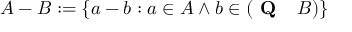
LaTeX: A - B : = \{ a - b : a \in A \land b \in ( { \textbf { Q } } \setminus B ) \}